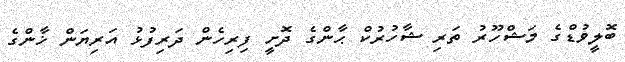
ބޮލީވުޑްގެ މަޝްހޫރު ތަރި ޝާހުރުކް ޙާންގެ ދޮށީ ފިރިހެން ދަރިފުޅު އަރިޔަން ޚާންގެ